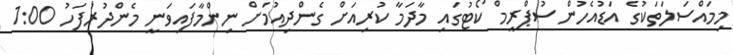
މިމައްސަލަތަކުގެ އަޑުއެހުން ސުޕްރީމް ކޯޓުގައި މާދަމާ ކުރިއަށް ގެންދިއުމަށް ނިންމާފައިވަނީ މެންދުރުފަހު 1:00